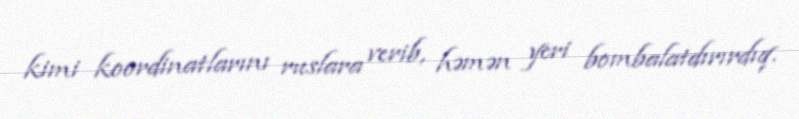
kimi koordinatlarını ruslara verib, həmən yeri bombalatdırırdıq.